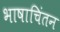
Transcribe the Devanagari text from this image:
भाषाचिंतन